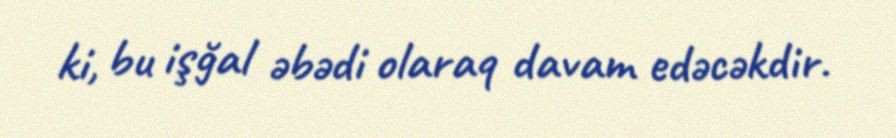
ki, bu işğal əbədi olaraq davam edəcəkdir.